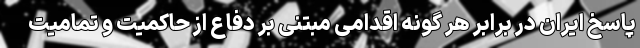
پاسخ ایران در برابر هر گونه اقدامی مبتنی بر دفاع از حاکمیت و تمامیت